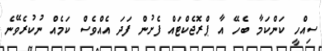
ސިއްހީ ކަންކަމާ ބެހޭ އާ ޕްރޮޖެކްޓައް ފެށުން ފަދަ އެއްވެސް ކަމެއް ނުކުރެވޭނެ